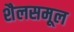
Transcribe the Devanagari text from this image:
शैलसमूल